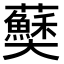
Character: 𫰅